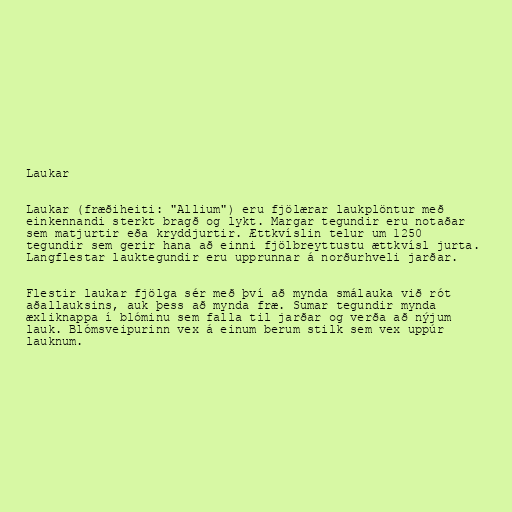
Laukar

Laukar (fræðiheiti: "Allium") eru fjölærar laukplöntur með
einkennandi sterkt bragð og lykt. Margar tegundir eru notaðar
sem matjurtir eða kryddjurtir. Ættkvíslin telur um 1250
tegundir sem gerir hana að einni fjölbreyttustu ættkvísl jurta.
Langflestar lauktegundir eru upprunnar á norðurhveli jarðar.

Flestir laukar fjölga sér með því að mynda smálauka við rót
aðallauksins, auk þess að mynda fræ. Sumar tegundir mynda
æxliknappa í blóminu sem falla til jarðar og verða að nýjum
lauk. Blómsveipurinn vex á einum berum stilk sem vex uppúr
lauknum.